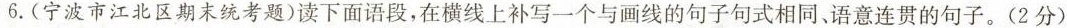
6.(宁波市江北区期末统考题)读下面语段，在横线上补写一个与画线的句子句式相同、语意连贯的句子。(2分)